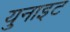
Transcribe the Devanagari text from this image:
युनाइट